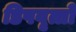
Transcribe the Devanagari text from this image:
डिपवृत्तों